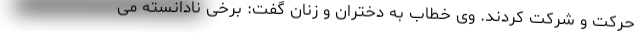
حرکت و شرکت کردند. وی خطاب به دختران و زنان گفت: برخی نادانسته می